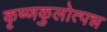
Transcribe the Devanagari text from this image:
कृष्णकुलोत्पन्न